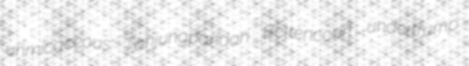
unmicaceous Tanjungpandan Bettencourt undertrump